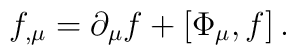
f_{,\mu}=\partial_\mu f + [\Phi_\mu ,f] \,.